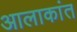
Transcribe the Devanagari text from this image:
आलाकांत